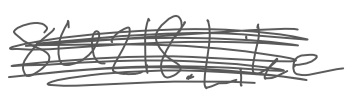
Text: 8U218.Like
Cross-out: scratch
Writing tool: digital_gray